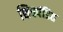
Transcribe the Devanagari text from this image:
शिवपंडित